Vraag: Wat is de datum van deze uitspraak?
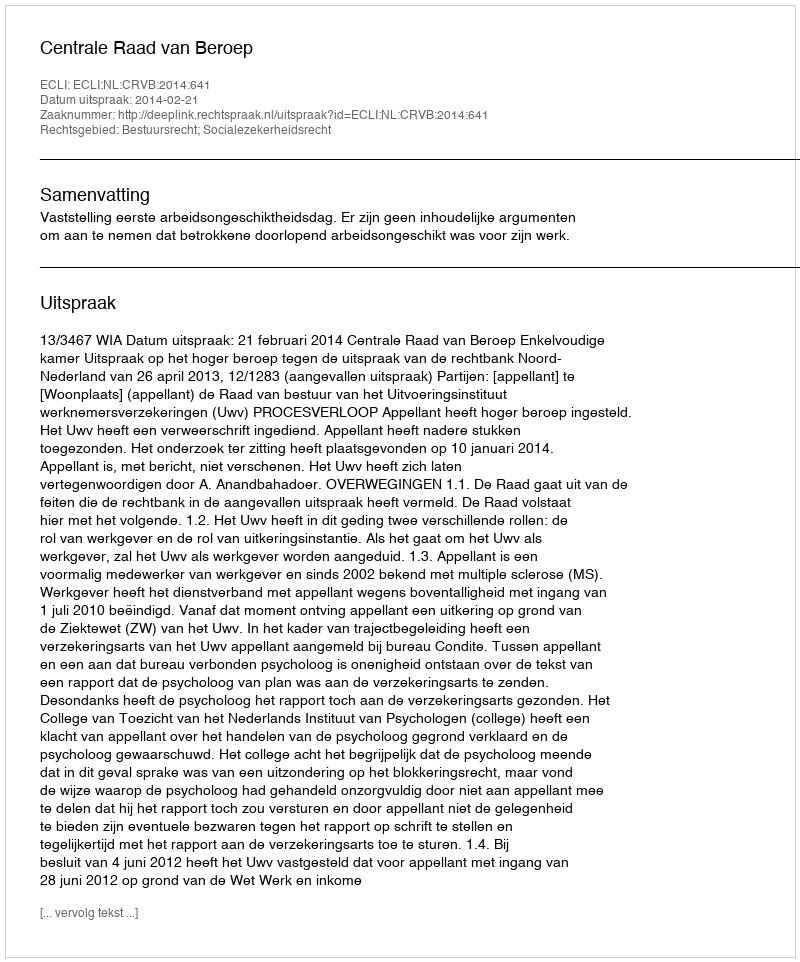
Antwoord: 2014-02-21